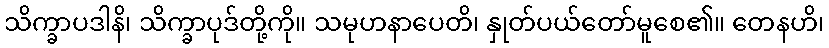
သိက္ခာပဒါနိ၊ သိက္ခာပုဒ်တို့ကို။ သမုဟနာပေတိ၊ နှုတ်ပယ်တော်မူစေ၏။ တေနဟိ၊